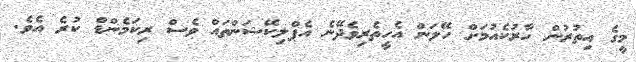
މީގެ އިތުރުން ހާރުކެއުމަށް ހޭލަން އެހީތެރިވެދޭނެ އެޕްލިކޭޝަންތައް ވެސް ރިކަމެންޑް ކުރެ އެވެ.